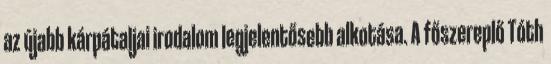
az újabb kárpátaljai irodalom legjelentősebb alkotása. A főszereplő Tóth